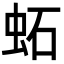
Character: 䖨